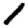
Digit: 1